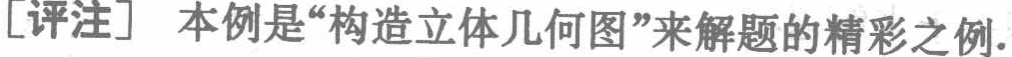
[评注] 本例是“构造立体几何图”来解题的精彩之例.